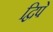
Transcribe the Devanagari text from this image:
द्विपे